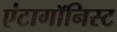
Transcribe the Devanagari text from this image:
एंटागॉनिस्ट